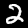
Label: 2